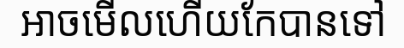
អាចមើលហើយកែបានទៅ